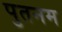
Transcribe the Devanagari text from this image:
पुतनम